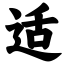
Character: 适